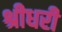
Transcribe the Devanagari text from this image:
श्रीधरी